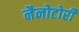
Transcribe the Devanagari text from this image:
नैनोटोरी